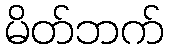
မိတ်ဘက်